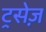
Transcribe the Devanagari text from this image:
ट्रसेज़